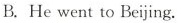
B.He went to Beijing.